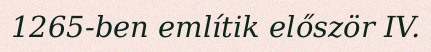
1265-ben említik először IV.